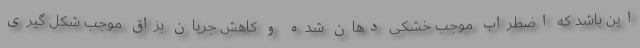
این باشد که اضطراب موجب خشکی دهان شده و کاهش جریان بزاق موجب شکل گیری